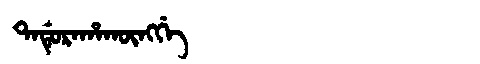
Manchu: ᡨᠠᡩᡠᡵᠠᡥᠠᡴᡡᠩᡤᡝ
Romanization: TADURAHAKŪNGGE